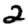
Digit: 2